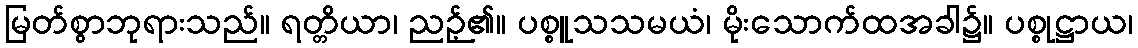
မြတ်စွာဘုရားသည်။ ရတ္တိယာ၊ ညဉ့်၏။ ပစ္စူသသမယံ၊ မိုးသောက်ထအခါ၌။ ပစ္စုဋ္ဌာယ၊